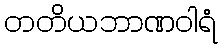
တတိယဘာဏဝါရံ